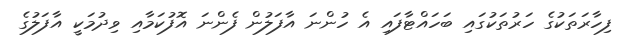
ފިހާރަތަކުގެ ހަރުތަކުގައި ބަހައްޓާފައި އެ ހުންނަ އާފަލުން ފެންނަ އޮފުކަމާއި ވިދުމަކީ އާފަލުގެ